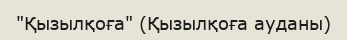
"Қызылқоға" (Қызылқоға ауданы)